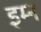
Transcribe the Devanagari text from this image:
इम्न